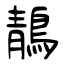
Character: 鶄